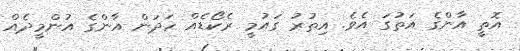
އޮތީ އާންގެ އަތުގަ އެވެ. އިތުރު ގައުމީ ރެކޯޑެއް ހަދަން އާންގެ އުންމީދެއް